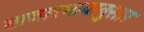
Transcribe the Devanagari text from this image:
बाजारभावानुसार